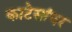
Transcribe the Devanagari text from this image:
काटेसांवर